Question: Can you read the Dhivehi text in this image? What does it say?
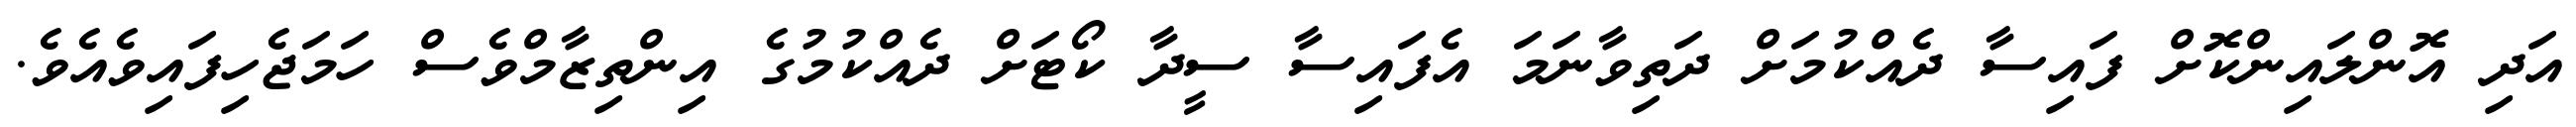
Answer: އަދި އޮންލައިންކޮށް ފައިސާ ދެއްކުމަށް ދަތިވާނަމަ އެފައިސާ ސީދާ ކޯޓަށް ދެއްކުމުގެ އިންތިޒާމްވެސް ހަމަޖެހިފައިވެއެވެ.